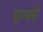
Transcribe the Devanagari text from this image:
ग्रन्थसे